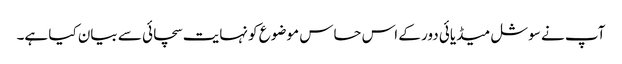
آپ نے سوشل میڈیائی دور کے اس حساس موضوع کو نہایت سچائی سے بیان کیا ہے۔